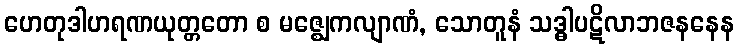
ဟေတုဒါဟရဏယုတ္တတော စ မဇ္ဈေကလျာဏံ, သောတူနံ သဒ္ဓါပဋိလာဘဇနနေန